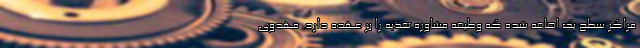
مراکز سطح یک اضافه شده که وظیفه مشاوره تغذیه را بر عهده دارد. مهدوی